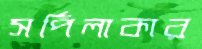
সর্পিলাকার